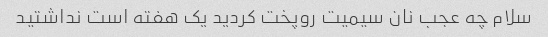
سلام چه عجب نان سیمیت روپخت کردید یک هفته است نداشتید